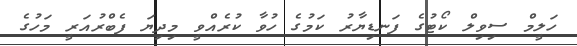
ހަލީމް ސިވިލް ކޯޓުގެ ފަނޑިޔާރު ކަމުގެ ހުވާ ކުރެއްވީ މިދިޔަ ފެބްރުއަރީ މަހުގެ